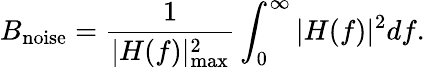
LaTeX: B_{\mathrm{noise}}={\frac{1}{|H(f)|_{\operatorname*{max}}^{2}}}\int_{0}^{\infty}|H(f)|^{2}df.